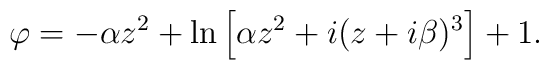
\varphi=-\alpha z^2 +\ln\left[\alpha z^2 +i(z+i\beta)^3\right]+1.